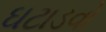
ઘટાડવો